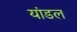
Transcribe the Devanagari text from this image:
यांडल